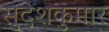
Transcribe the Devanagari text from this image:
सुदेशकुमार